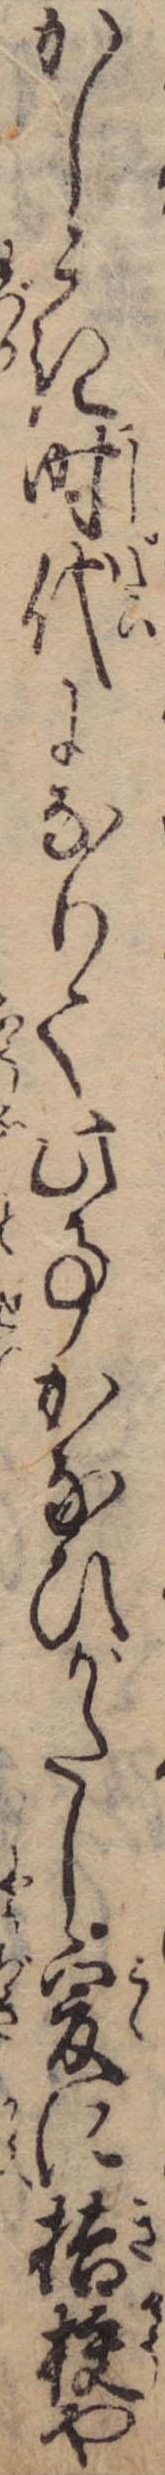
かしこき時代になりて此事かなひがたし爰に桔梗や